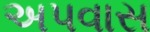
અપવાસ